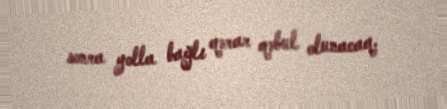
sonra yolla bağlı qərar qəbul olunacaq.